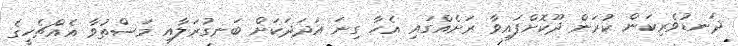
ދަނޑުވެރިކަން ކުރަން ދޫކޮށްފައިވާ ރަށެއްގައި އެހާ ގިނަ އަދަދަކަށް ބަނގުރަލާއި މަސްތުވާ އެއްޗެހީގެ